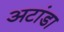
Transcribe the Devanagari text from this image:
अटांडा